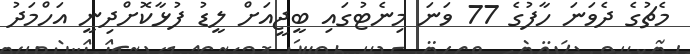
މެޗުގެ ދެވަނަ ހާފުގެ 77 ވަނަ މިނެޓުގައި ބީޖީއަށް ލީޑު ފުޅާކޮށްދިނީ އަހްމަދު